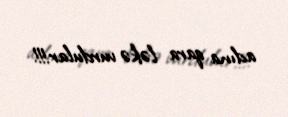
adına qara ləkə vurdular!!!.